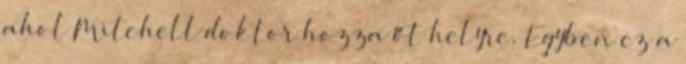
ahol Mitchell doktor hozza őt helyre. Egyben ez a